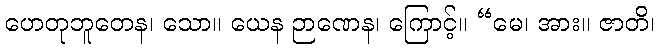
ဟေတုဘူတေန၊ သော။ ယေန ဉာဏေန၊ ကြောင့်။ “မေ၊ အား။ ဇာတိ၊